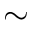
\sim